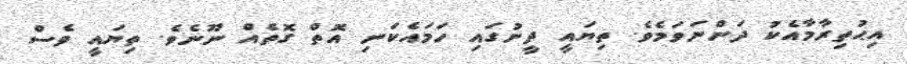
އިޙުތިރާމާއެކު ދަންނަވަމެވެ. ތިޔައީ ދީނުގައި ހަމައެކަނި އޮތް ގޮތެއް ނޫނެވެ. ތިޔައީ ވެސް